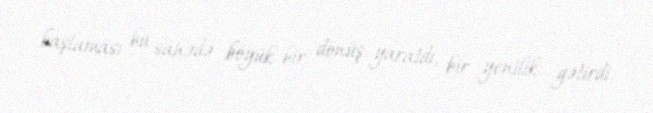
başlaması bu sahədə böyük bir dönüş yaratdı, bir yenilik gətirdi.